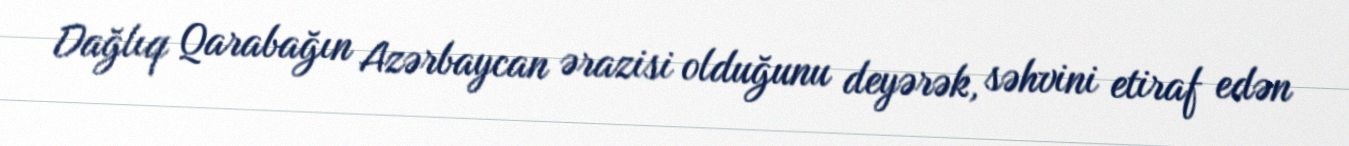
Dağlıq Qarabağın Azərbaycan ərazisi olduğunu deyərək, səhvini etiraf edən